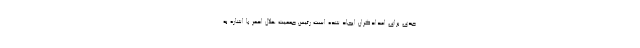
جدی برای امدادگران ایجاد شده است رئیس جمعیت هلال احمر با اشاره به